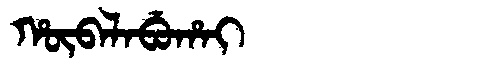
Manchu: ᡥᡡᠪᠠᠯᠠᠪᡠᡥᠠᡳ
Romanization: HŪBALABUHAI